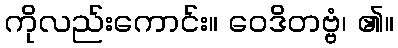
ကိုလည်းကောင်း။ ဝေဒိတဗ္ဗံ၊ ၏။